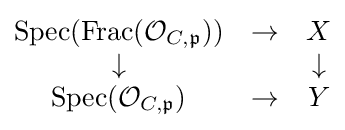
{\begin{matrix}{\text{Spec}}({\text{Frac}}({\mathcal {O}}_{C,{\mathfrak {p}}}))&\rightarrow &X\\\downarrow &&\downarrow \\{\text{Spec}}({\mathcal {O}}_{C,{\mathfrak {p}}})&\rightarrow &Y\end{matrix}}